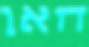
חאן